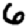
Digit: 6